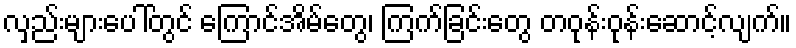
လှည်းများပေါ်တွင် ကြောင်အိမ်တွေ၊ ကြက်ခြင်းတွေ တဝုန်းဝုန်းဆောင့်လျက်။